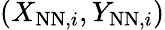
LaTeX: (X_{\mathrm{NN},i},Y_{\mathrm{NN},i})